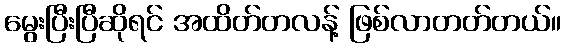
မွေးပြီးပြီဆိုရင် အထိတ်တလန့် ဖြစ်လာတတ်တယ်။